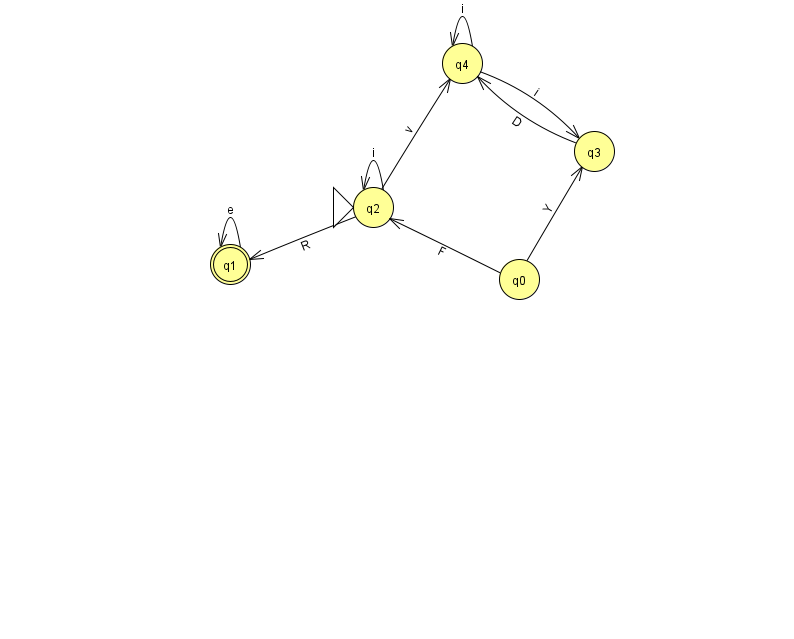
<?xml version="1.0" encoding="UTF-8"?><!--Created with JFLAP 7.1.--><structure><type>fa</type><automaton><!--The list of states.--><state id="0" name="q0"><x>519.0</x><y>266.0</y></state><state id="1" name="q1"><x>230.0</x><y>251.0</y><final/></state><state id="2" name="q2"><x>373.0</x><y>194.0</y><initial/></state><state id="3" name="q3"><x>594.0</x><y>138.0</y></state><state id="4" name="q4"><x>462.0</x><y>50.0</y></state><!--The list of transitions.--><transition><from>0</from><to>2</to><read>F</read></transition><transition><from>2</from><to>1</to><read>R</read></transition><transition><from>4</from><to>3</to><read>i</read></transition><transition><from>1</from><to>1</to><read>e</read></transition><transition><from>2</from><to>2</to><read>i</read></transition><transition><from>4</from><to>4</to><read>i</read></transition><transition><from>2</from><to>4</to><read>v</read></transition><transition><from>0</from><to>3</to><read>Y</read></transition><transition><from>3</from><to>4</to><read>D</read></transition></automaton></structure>